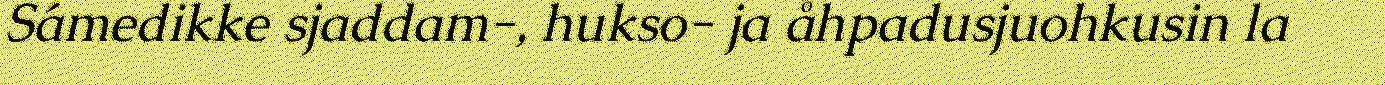
Sámedikke sjaddam-, hukso- ja åhpadusjuohkusin la